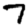
Digit: 7